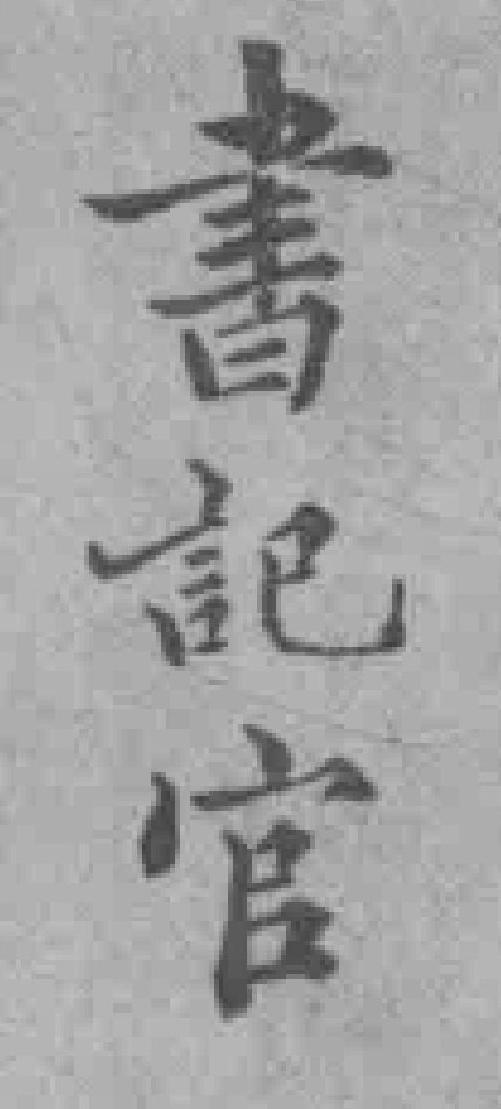
書記官